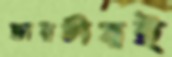
ভারতীয়ই